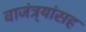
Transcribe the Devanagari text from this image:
वाजंत्र्यांसह